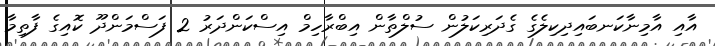
އާއި އާމިނާކަނބައިދިކިލެގެ ގެދަރިކަލުން ސުލްތާން އިބްރާހިމް އިސްކަންދަރު 2 ފަސްމަންދޫ ކޮއިގެ ފާތިމާ